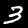
Label: 3